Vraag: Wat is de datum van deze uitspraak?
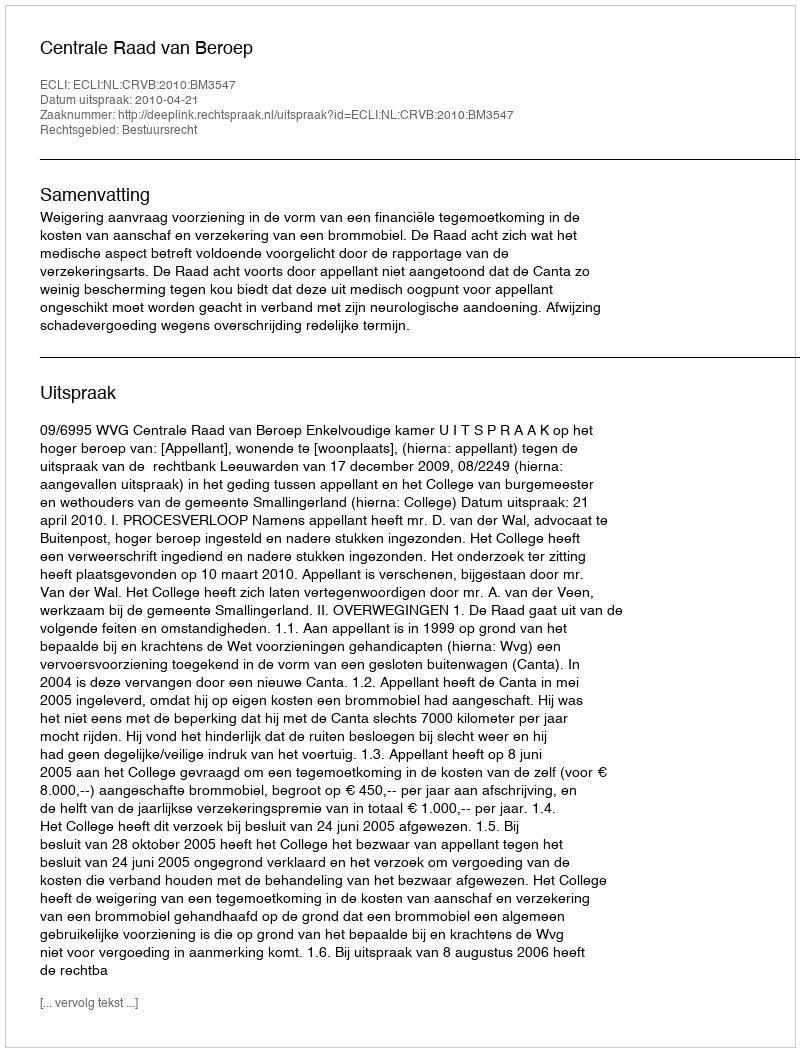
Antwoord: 2010-04-21